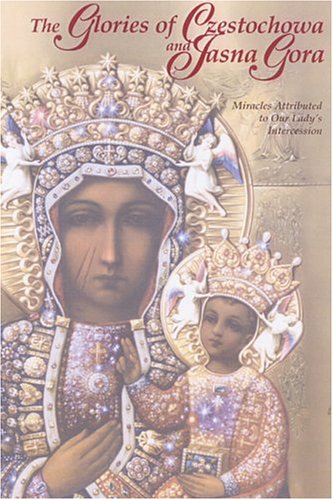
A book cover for The Glories of Czestochowa and Jasna Gora: Miracles Attributed to Our Lady's Intercession; Our Lady of Czestochowa Foundation; Christian Books & Bibles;